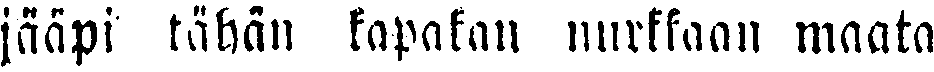
jääpi tähän kapakan nurkkaan maata